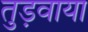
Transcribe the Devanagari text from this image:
तुड़वाया